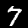
Label: 7